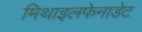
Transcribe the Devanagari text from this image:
मिथाइलफेनाडेट